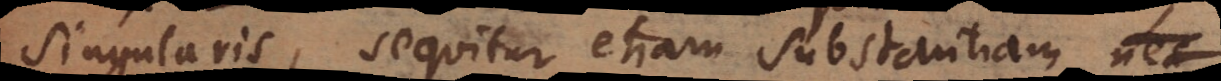
singularis, sequitur etiam substantiam gene